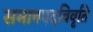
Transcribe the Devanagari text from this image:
समानपदविवृति